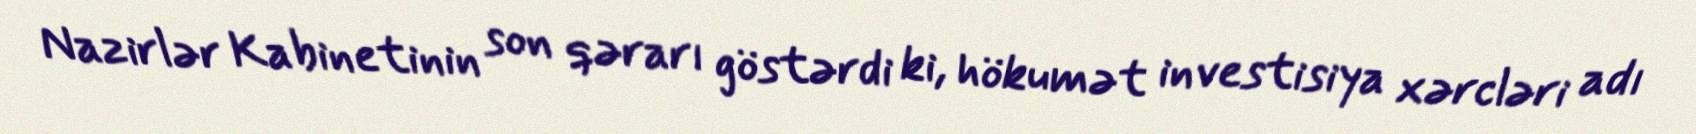
Nazirlər Kabinetinin son qərarı göstərdi ki, hökumət investisiya xərcləri adı